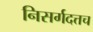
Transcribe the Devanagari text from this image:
निसर्गदत्तच